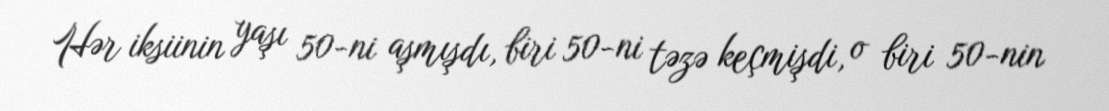
Hər iksiinin yaşı 50-ni aşmışdı, biri 50-ni təzə keçmişdi, o biri 50-nin